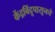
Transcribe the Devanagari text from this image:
केंद्रबिंदूपासूनचे